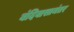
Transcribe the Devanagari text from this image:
बंदिवासानंतर